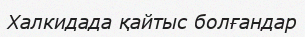
Халкидада қайтыс болғандар